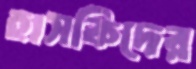
হাসকিদের